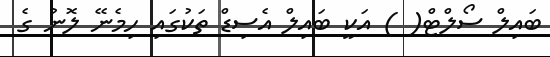
ބައިލް ސޯލްޓް( ) އަކީ ބައިލް އެސިޑް ތަކުގައި ހިމެނޭ ލޮނު ގެ